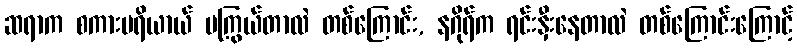
ဆရာက စကားပရိယာယ် မကြွယ်တာလဲ တစ်ကြောင်း, နဂိုရ်က ရင်းနှီးနေတာလဲ တစ်ကြောင်းကြောင့်